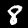
Digit: 8